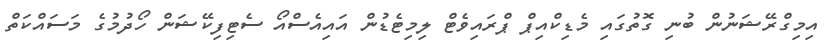
އިމިގްރޭޝަނުން ބުނި ގޮތުގައި މެޑިކްއިޕް ޕްރައިވެޓް ލިމިޓެޑުން އައިއެސްއޯ ސެޓިފިކޭޝަން ހޯދުމުގެ މަސައްކަތް